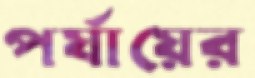
পর্যায়ের